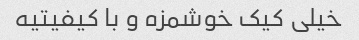
خیلی کیک خوشمزه و با کیفیتیه